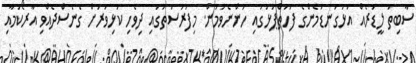
ސާބިތު ލީޑަރެއް އަޅުގަނޑުމެންގެ ފަހަތްޕުޅުގައި ހުންނެވުމުން. މިފުރުސަތުގައި ދިވެހި ކުޅިވަރަށް ގެނެސްދެއްވި އާރޯކަމާއި